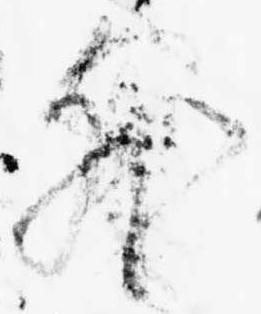
外